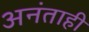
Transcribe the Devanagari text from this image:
अनंताही